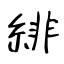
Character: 緋